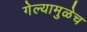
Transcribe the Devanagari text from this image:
गेल्यामुळेच